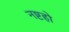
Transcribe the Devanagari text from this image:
नष्टहो